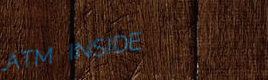
ATM INSIDE